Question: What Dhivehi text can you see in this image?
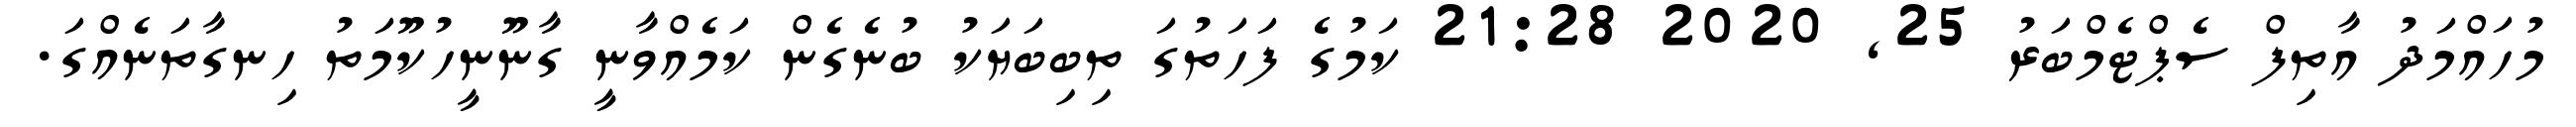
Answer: މުހައްމަދު އާތިފް ސެޕްޓެމްބަރު 25, 2020 21:28 ކަމުގެ ފަހަތުގަ ތިބިބަޔަކު ބުނެގެން ކަމެއްވާނީ ގާނޫނީހުކޫމަތު ހިނގާތަނެއްގަ.